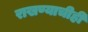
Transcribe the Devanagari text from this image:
राखण्याचीही